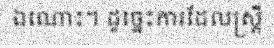
ឯណោះ។ ដូច្នេះការដែលស្ត្រី